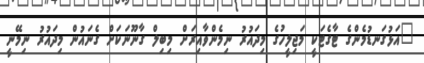
"އަޅުގަނޑުމެންގެ ޓާގެޓަކީ މަޖިލީހުގެ މިދައުރު ނިމެންވާއިރަށް މިބިލް ގާނޫނަކަށް ގެނައުން މިދައުރު ނިމޭނީ